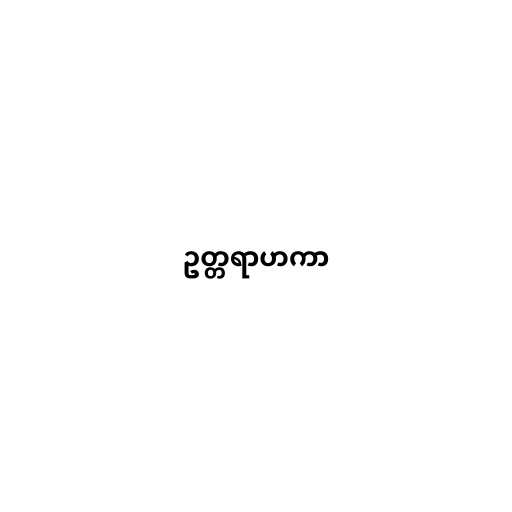
ဥတ္တရာဟကာ